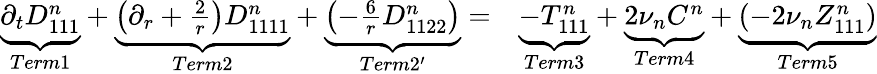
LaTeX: \begin{array}{rl}{\underbrace{\partial_{t}D_{111}^{n}}_{Term1}+\underbrace{\left(\partial_{r}+\frac{2}{r}\right)D_{1111}^{n}}_{Term2}+\underbrace{\left(-\frac{6}{r}D_{1122}^{n}\right)}_{Term2^{\prime}}=}&{{}\underbrace{-T_{111}^{n}}_{Term3}+\underbrace{2\nu_{n}C^{n}}_{Term4}+\underbrace{\left(-2\nu_{n}Z_{111}^{n}\right)}_{Term5}}\end{array}